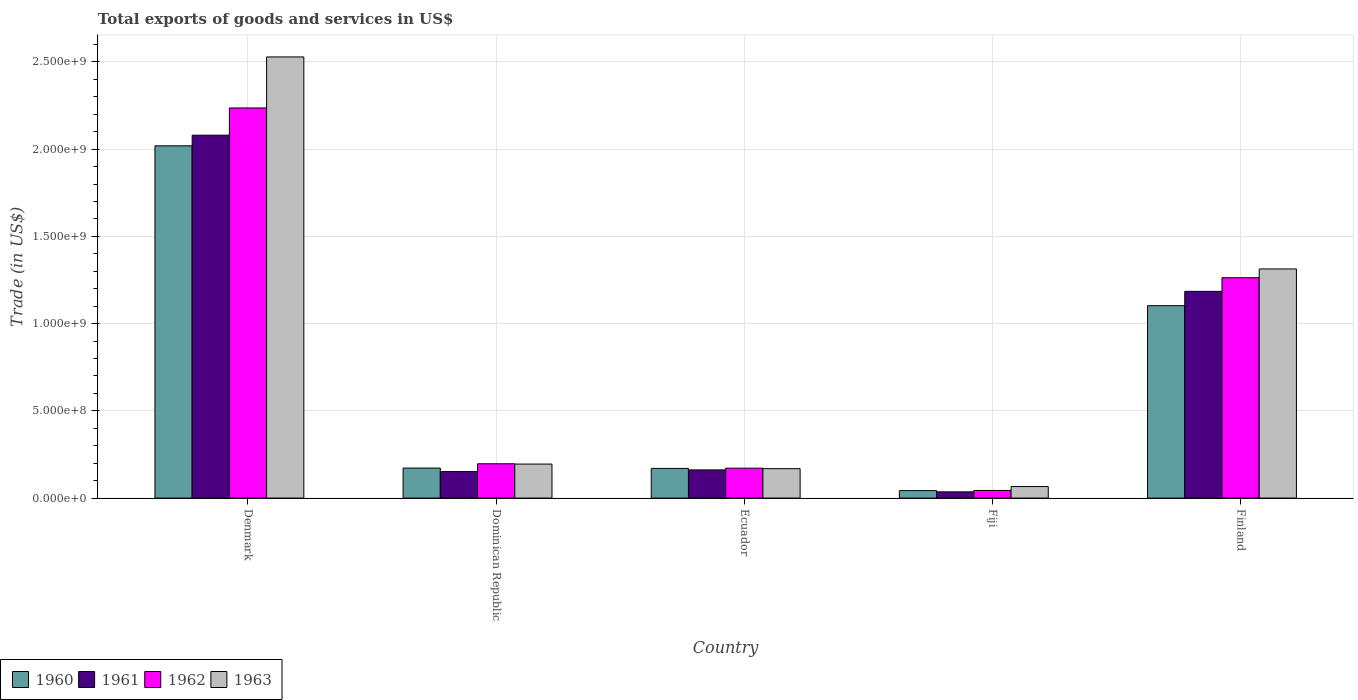
| Country | 1960 | 1961 | 1962 | 1963 |
 | --- | --- | --- | --- | --- |
 | Denmark | 2.02e+09 | 2.08e+09 | 2.24e+09 | 2.53e+09 |
 | Dominican Republic | 1.72e+08 | 1.52e+08 | 1.97e+08 | 1.95e+08 |
 | Ecuador | 1.7e+08 | 1.61e+08 | 1.71e+08 | 1.69e+08 |
 | Fiji | 4.28e+07 | 3.59e+07 | 4.38e+07 | 6.61e+07 |
 | Finland | 1.1e+09 | 1.18e+09 | 1.26e+09 | 1.31e+09 |